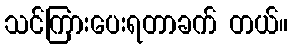
သင်ကြားပေးရတာခက် တယ်။